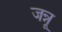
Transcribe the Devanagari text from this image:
जन्नू